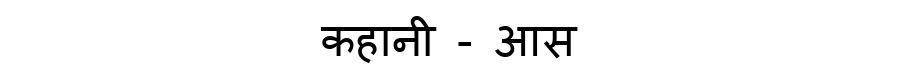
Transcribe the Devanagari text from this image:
कहानी - आस